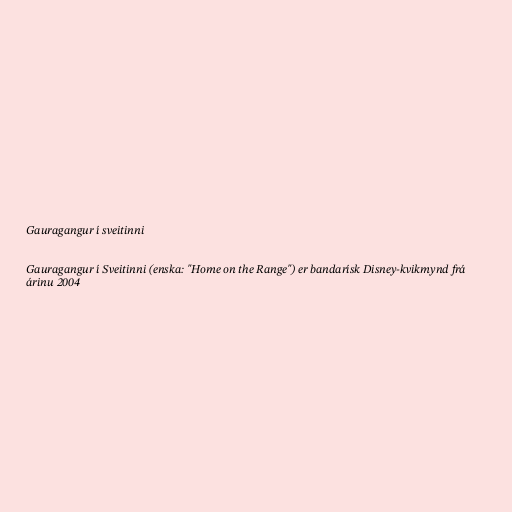
Gauragangur í sveitinni

Gauragangur í Sveitinni (enska: "Home on the Range") er bandarísk Disney-kvikmynd frá
árinu 2004